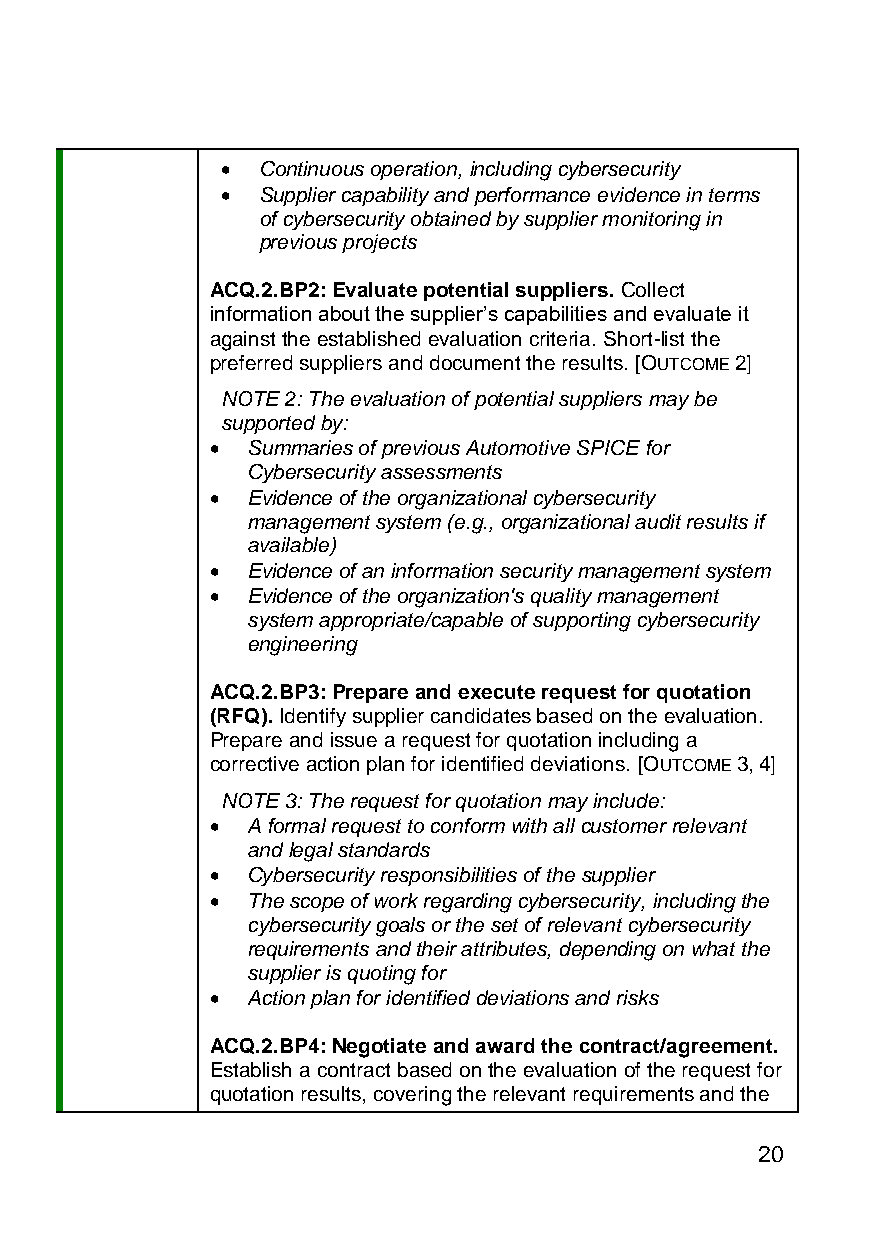
• Continuous operation, including cybersecurity
 • Supplier capability and performance evidence in terms
 of cybersecurity obtained by supplier monitoring in
 previous projects
 ACQ.2.BP2: Evaluate potential suppliers. Collect
 information about the supplier’s capabilities and evaluate it
 against the established evaluation criteria. Short-list the
 preferred suppliers and document the results. [OUTCOME 2]
 NOTE 2: The evaluation of potential suppliers may be
 supported by:
 • Summaries of previous Automotive SPICE for
 Cybersecurity assessments
 • Evidence of the organizational cybersecurity
 management system (e.g., organizational audit results if
 available)
 • Evidence of an information security management system
 • Evidence of the organization's quality management
 system appropriate/capable of supporting cybersecurity
 engineering
 ACQ.2.BP3: Prepare and execute request for quotation
 (RFQ). Identify supplier candidates based on the evaluation.
 Prepare and issue a request for quotation including a
 corrective action plan for identified deviations. [OUTCOME 3, 4]
 NOTE 3: The request for quotation may include:
 • A formal request to conform with all customer relevant
 and legal standards
 • Cybersecurity responsibilities of the supplier
 • The scope of work regarding cybersecurity, including the
 cybersecurity goals or the set of relevant cybersecurity
 requirements and their attributes, depending on what the
 supplier is quoting for
 • Action plan for identified deviations and risks
 ACQ.2.BP4: Negotiate and award the contract/agreement.
 Establish a contract based on the evaluation of the request for
 quotation results, covering the relevant requirements and the
 20